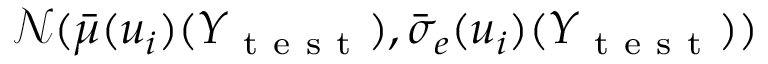
\mathcal { N } ( \bar { \mu } ( u _ { i } ) ( Y _ { \mathrm { ~ t ~ e ~ s ~ t ~ } } ) , \bar { \sigma } _ { e } ( u _ { i } ) ( Y _ { \mathrm { ~ t ~ e ~ s ~ t ~ } } ) )